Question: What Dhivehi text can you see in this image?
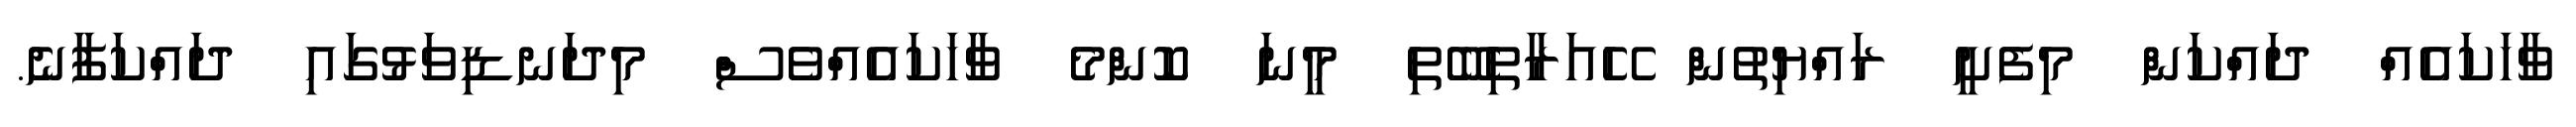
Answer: ވާހަކައެއް ދައްކަން މިފެށީ ރައްޔިތުން ހޭއަރާތިބޭތި މީނަ ކޮންމެ ވާހަކައެއްވެސް މިދަނޑިވަޅުގައި ދައްކަފާނެ.